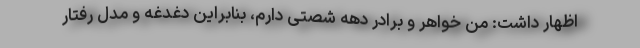
اظهار داشت: من خواهر و برادر دهه شصتی دارم، بنابراین دغدغه و مدل رفتار